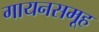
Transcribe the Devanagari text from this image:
गायनसमूह